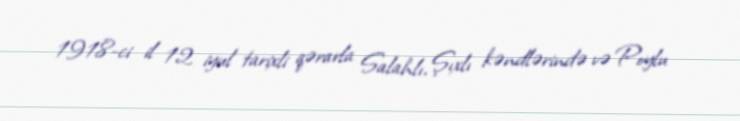
1918-ci il 12 iyul tarixli qərarla Salahlı, Şıxlı kəndlərində və Poylu